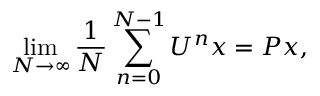
\operatorname* { l i m } _ { N \to \infty } { \frac { 1 } { N } } \sum _ { n = 0 } ^ { N - 1 } U ^ { n } x = P x ,